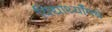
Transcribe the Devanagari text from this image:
विद्यार्थ्याँमधे